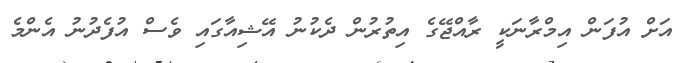
އަށް އުފަން އިމްރާނަކީ ރާއްޖޭގެ އިތުރުން ދެކުނު އޭޝިއާގައި ވެސް އުފެދުނު އެންމެ